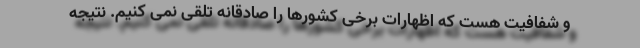
و شفافیت هست که اظهارات برخی کشورها را صادقانه تلقی نمی کنیم. نتیجه